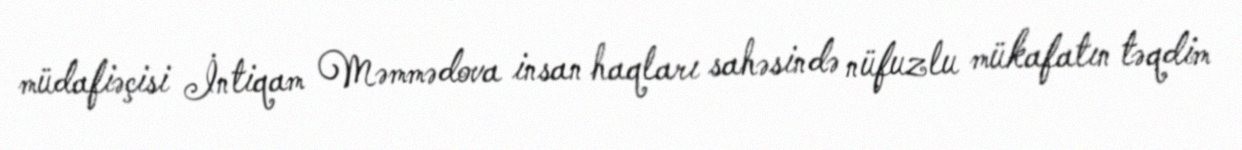
müdafiəçisi İntiqam Məmmədova insan haqları sahəsində nüfuzlu mükafatın təqdim